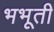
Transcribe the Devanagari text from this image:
भभूती